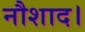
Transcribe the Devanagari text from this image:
नौशाद।